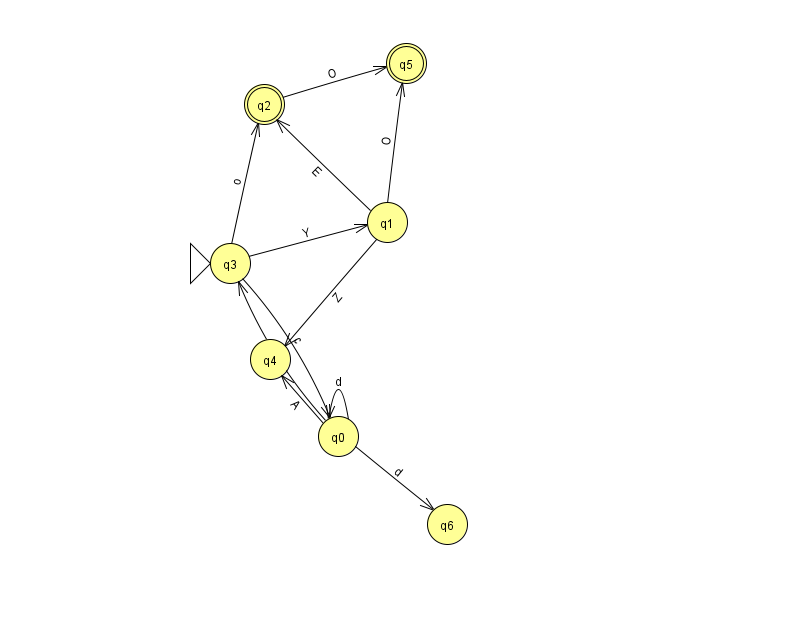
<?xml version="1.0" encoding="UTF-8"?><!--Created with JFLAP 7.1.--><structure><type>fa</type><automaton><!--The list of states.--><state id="0" name="q0"><x>338.0</x><y>423.0</y></state><state id="1" name="q1"><x>387.0</x><y>209.0</y></state><state id="2" name="q2"><x>264.0</x><y>91.0</y><final/></state><state id="3" name="q3"><x>230.0</x><y>250.0</y><initial/></state><state id="4" name="q4"><x>270.0</x><y>346.0</y></state><state id="5" name="q5"><x>406.0</x><y>50.0</y><final/></state><state id="6" name="q6"><x>447.0</x><y>511.0</y></state><!--The list of transitions.--><transition><from>0</from><to>3</to><read>O</read></transition><transition><from>0</from><to>0</to><read>d</read></transition><transition><from>0</from><to>6</to><read>d</read></transition><transition><from>1</from><to>5</to><read>O</read></transition><transition><from>1</from><to>2</to><read>E</read></transition><transition><from>2</from><to>5</to><read>O</read></transition><transition><from>3</from><to>2</to><read>o</read></transition><transition><from>0</from><to>4</to><read>A</read></transition><transition><from>1</from><to>4</to><read>Z</read></transition><transition><from>3</from><to>1</to><read>Y</read></transition><transition><from>3</from><to>0</to><read>c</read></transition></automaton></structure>